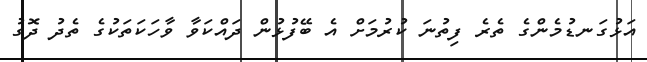
އަޅުގަނޑުމެންގެ ތެރެ ފިތުނަ ކުރުމަށް އެ ބޭފުޅުން ދައްކަވާ ވާހަކަތަކުގެ ތެދު ދޮގު